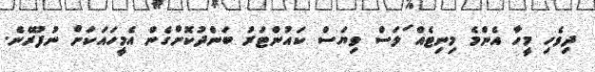
ދިވެހި މީހާ އެންމެ މިނިޓެއް ަލަސް ވިޔަސް ކައުންޓަރު ބަންދުކޮށްގެން އެމީހައަކަށް ނުފުރޭނެ.